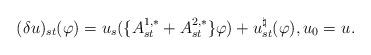
LaTeX: \begin{align*}(\delta u)_{st}(\varphi)=u_s(\{A^{1,*}_{st}+A^{2,*}_{st}\}\varphi)+u^\natural_{st}(\varphi), u_0=u_{}.\end{align*}